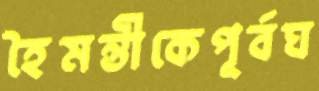
হৈমন্তীকেপূর্বঘ